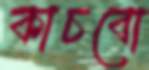
কাচবো